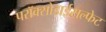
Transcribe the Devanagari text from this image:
परॉक्सोडाईसल्फेट